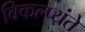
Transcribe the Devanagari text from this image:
विकल्प्यंते